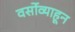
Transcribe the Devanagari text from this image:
वर्सोव्याहून